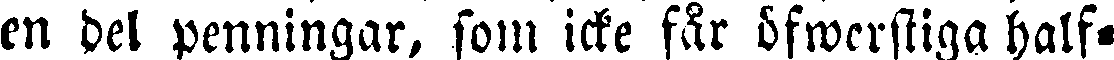
en del penningar, som icke får öfwerstiga half-